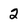
Character: 2